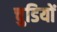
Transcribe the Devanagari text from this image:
चुडियों